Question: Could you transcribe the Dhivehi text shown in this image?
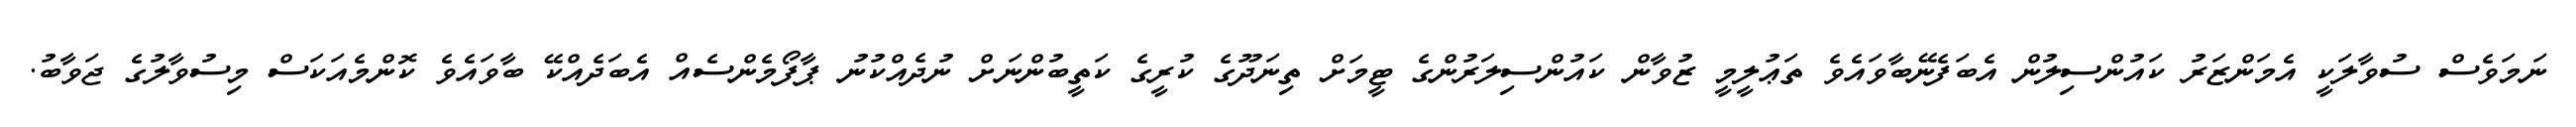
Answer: ނަމަވެސް ސުވާލަކީ އެމަންޒަރު ކައުންސިލުން އެބަފެނޭބާވައެވެ ތަޢުލީމީ ޒުވާން ކައުންސިލަރުންގެ ޓީމަށް ތިނަދޫގެ ކުރީގެ ކަތީބުންނަށް ނުދެއްކުނު ޕާފޯމެންސެއް އެބަދެއްކޭ ބާވައެވެ ކޮންމެއަކަސް މިސުވާލުގެ ޖަވާބު.